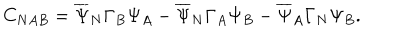
LaTeX: C _ { N A B } = \overline { { { \Psi } } } _ { N } \Gamma _ { B } \Psi _ { A } - \overline { { { \Psi } } } _ { N } \Gamma _ { A } \Psi _ { B } - \overline { { { \Psi } } } _ { A } \Gamma _ { N } \Psi _ { B } .